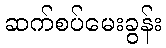
ဆက်စပ်မေးခွန်း